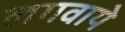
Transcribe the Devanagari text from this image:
लगवाये